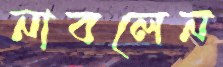
নাবলেন